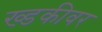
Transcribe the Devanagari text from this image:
ख्डकीवर